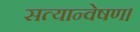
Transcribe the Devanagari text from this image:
सत्यान्वेषण।